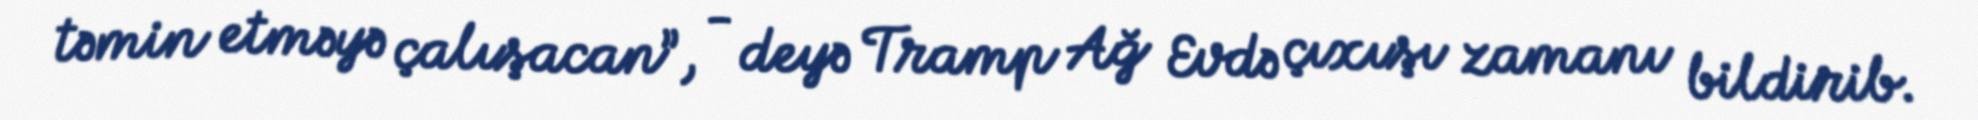
təmin etməyə çalışacan”, - deyə Tramp Ağ Evdə çıxışı zamanı bildirib.